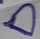
Text: D